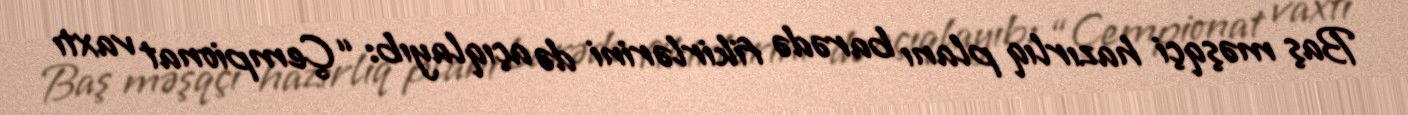
Baş məşqçi hazırlıq planı barədə fikirlərini də açıqlayıb: “Çempionat vaxtı